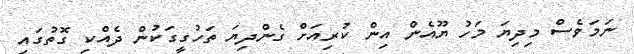
ނަމަވެސް މިދިޔަ މަހު ޔޫއެން އިން ކުރިއަށް ގެންދިޔަ ތަހުގީގަކުން ދެއްކި ގޮތުގައި